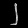
Digit: ၂